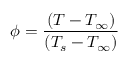
\phi = \frac { ( T - T _ { \infty } ) } { ( T _ { s } - T _ { \infty } ) }